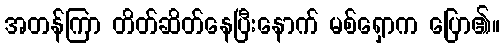
အတန်ကြာ တိတ်ဆိတ်နေပြီးနောက် မစ်ရှောက ပြော၏။